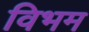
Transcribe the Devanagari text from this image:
विभम